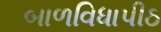
બાળવિધાપીઠ